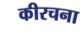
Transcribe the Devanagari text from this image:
कीरचना